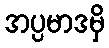
အပ္ပမာဒမှိ